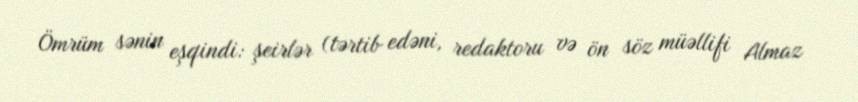
Ömrüm sənin eşqindi: şeirlər (tərtib edəni, redaktoru və ön söz müəllifi Almaz